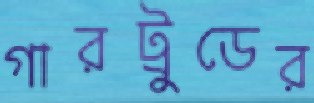
গারট্রুডের